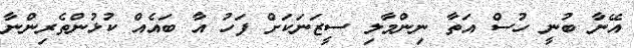
އޭނާ ބުނީ ހުސް އަތާ ނިންމާލި ސީޒަނަކަށް ފަހު އާ ބައެއް ކުޅުންތެރިންނާ